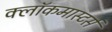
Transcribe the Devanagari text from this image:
क्लाॅकमास्टर्स